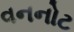
વનનોટ